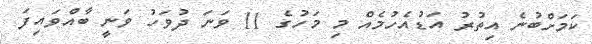
ކަމަށްބުނެ އިތުރު އަޑުއެހުމެއް މި މަހުގެ 11 ވަނަ ދުވަހު ވަނީ ބާއްވައިފަ